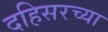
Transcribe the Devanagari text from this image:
दहिसरच्या